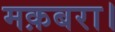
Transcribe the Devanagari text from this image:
मक़बरा।